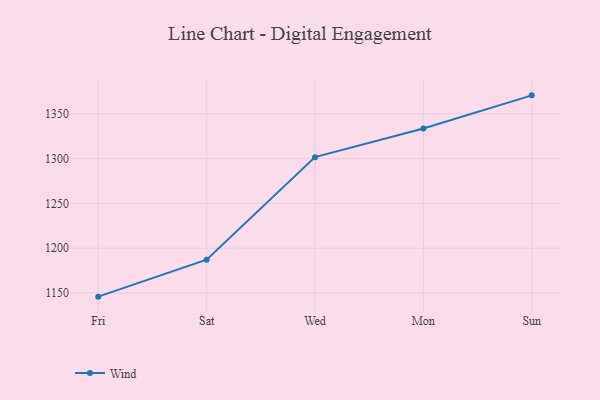
{"axis": {"x": "Day", "y": "Active Users"}, "legend": ["Wind"], "data": [{"x": "Fri", "y": 1145.9, "type": "Wind"}, {"x": "Sat", "y": 1187.2, "type": "Wind"}, {"x": "Wed", "y": 1301.7, "type": "Wind"}, {"x": "Mon", "y": 1333.6, "type": "Wind"}, {"x": "Sun", "y": 1370.7, "type": "Wind"}]}